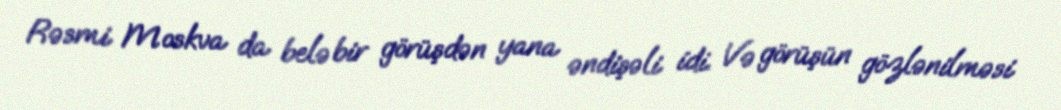
Rəsmi Moskva da belə bir görüşdən yana əndişəli idi. Və görüşün gözlənilməsi